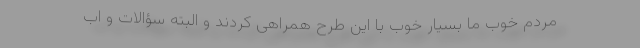
مردم خوب ما بسیار خوب با این طرح همراهی کردند و البته سؤالات و اب